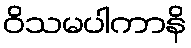
ဝိသမပါကာနိ